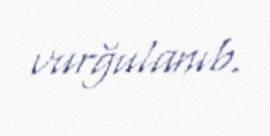
vurğulanıb.